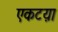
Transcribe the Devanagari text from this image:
एकटय़ा